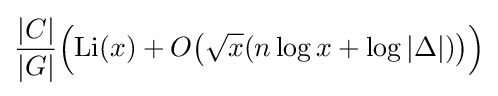
{\frac {|C|}{|G|}}{\Bigl (}\mathrm {Li} (x)+O{\bigl (}{\sqrt {x}}(n\log x+\log |\Delta |){\bigr )}{\Bigr )}